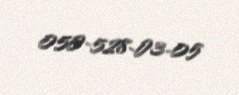
050-528-03-05